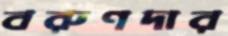
বরুণদার